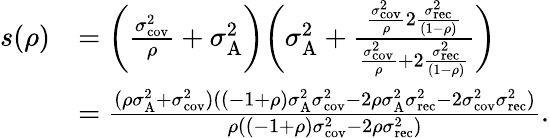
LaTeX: \begin{array}{rl}{s(\rho)}&{=\bigg({{\frac{\sigma_{\textrm{cov}}^{2}}{\rho}}}+\sigma_{\textrm{A}}^{2}\bigg)\bigg({\sigma_{\textrm{A}}^{2}}+\frac{{{\frac{\sigma_{\textrm{cov}}^{2}}{\rho}}}2\frac{\sigma_{\textrm{rec}}^{2}}{(1-\rho)}}{{{\frac{\sigma_{\textrm{cov}}^{2}}{\rho}}}+2\frac{\sigma_{\textrm{rec}}^{2}}{(1-\rho)}}\bigg)}\\ &{=\frac{(\rho\sigma_{\textrm{A}}^{2}+\sigma_{\textrm{cov}}^{2})((-1+\rho)\sigma_{\textrm{A}}^{2}\sigma_{\textrm{cov}}^{2}-2\rho\sigma_{\textrm{A}}^{2}\sigma_{\textrm{rec}}^{2}-2\sigma_{\textrm{cov}}^{2}\sigma_{\textrm{rec}}^{2})}{\rho((-1+\rho)\sigma_{\textrm{cov}}^{2}-2\rho\sigma_{\textrm{rec}}^{2})}.}\end{array}